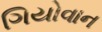
ગિયોવાન